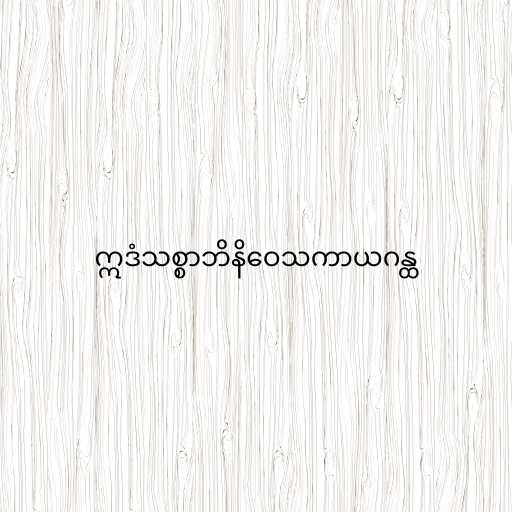
ဣဒံသစ္စာဘိနိဝေသကာယဂန္ထ